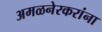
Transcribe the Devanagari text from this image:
अमळनेरकरांना